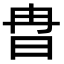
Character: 𣅾